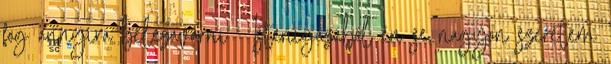
fog annyira belezavarni : Istenigazából én se nagyon szeretem